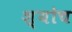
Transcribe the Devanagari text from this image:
श्योच